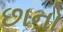
છાનો